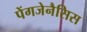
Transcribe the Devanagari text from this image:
पेंगजेनैसिस